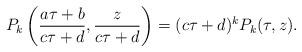
LaTeX: \begin{align*} P_k \left(\frac{a\tau +b}{c\tau +d} ,\frac{z}{c\tau +d} \right) =(c\tau +d)^k P_k (\tau ,z). \end{align*}